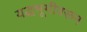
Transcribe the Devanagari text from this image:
यद्धभूमीवरून